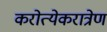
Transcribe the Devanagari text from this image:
करोत्येकरात्रेण